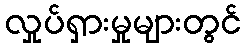
လှုပ်ရှားမှုများတွင်